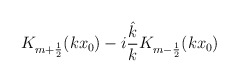
\begin{align*}K_{m+\frac 12}(kx_0)-i\frac{\hat k}{k}K_{m-\frac12}(kx_0)\end{align*}